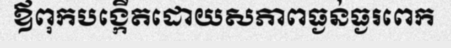
ឪពុកបង្កើតដោយសភាពធ្ងន់ធ្ងរពេក